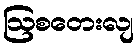
ဩစတေးလျ